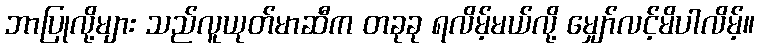
ဘာပြုလို့များ သည်လူယုတ်မာဆီက တခုခု ရလိမ့်မယ်လို့ မျှော်လင့်မိပါလိမ့်။